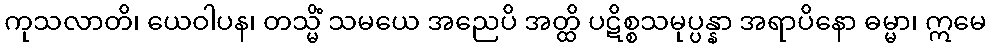
ကုသလာတိ၊ ယေဝါပန၊ တသ္မိံ သမယေ အညေပိ အတ္ထိ ပဋိစ္စသမုပ္ပန္နာ အရာပိနော ဓမ္မာ၊ ဣမေ